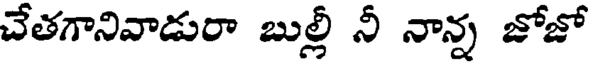
చేతగానివాడురా బుల్లీ నీ నాన్న జోజో